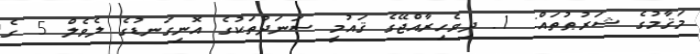
މަޤާމުގެ ޝަރުޠުތައް: 1. ދިވެހިރާއްޖޭގެ ޤައުމީ ސަނަދުތަކުގެ އޮނިގަނޑުގެ ލެވެލް 5 ގެ